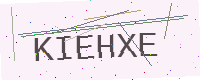
Text: KIEHXE